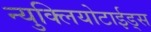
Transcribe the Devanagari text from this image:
न्युक्लियोटाईड्स